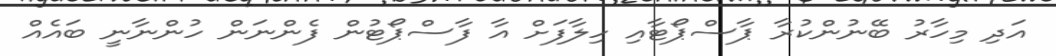
އަދި މިހާރު ބޭނުންކުރާ ޕާސްޕޯޓާއި ހިލާފަށް އާ ފާސްޕޯޓުން ފެންނަން ހުންނާނީ ބައެއް